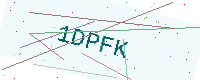
Text: 1DPFK